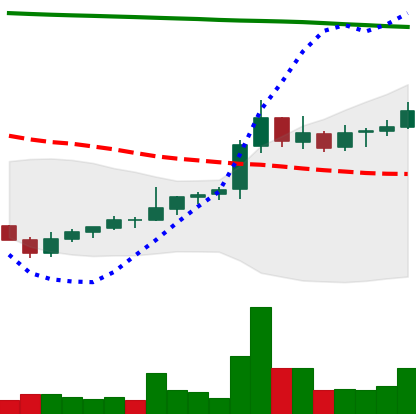
Ticker: NEO-USD
Chart end date: 2021-08-07
Forward return: 3.625%
Label: up_3_5